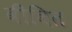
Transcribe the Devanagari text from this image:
वीवित